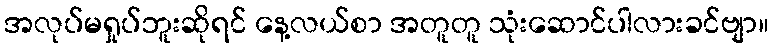
အလုပ်မရှုပ်ဘူးဆိုရင် နေ့လယ်စာ အတူတူ သုံးဆောင်ပါလားခင်ဗျာ။